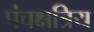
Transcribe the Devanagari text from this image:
पंचक्षत्रिय